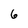
Character: 6